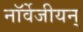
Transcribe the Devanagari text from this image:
नॉर्वेजीयन्